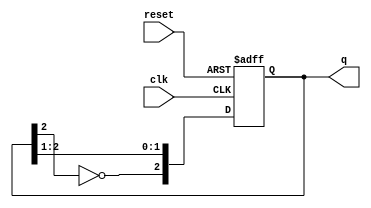
module JohnsonCounter #(parameter N = 3) (
    input wire clk,        // Clock input
    input wire reset,      // Asynchronous reset input
    output reg [N-1:0] q   // Output state of the counter
);

// Internal signal for the feedback
wire feedback;

// Assign feedback as the inverted output of the last flip-flop
assign feedback = ~q[N-1];

// Sequential logic for the Johnson counter
always @(posedge clk or posedge reset) begin
    if (reset) begin
        // Asynchronous reset to initial state (all zeros)
        q <= 0;
    end else begin
        // Shift the state according to the Johnson counter logic
        q <= {feedback, q[N-1:1]};
    end
end

endmodule